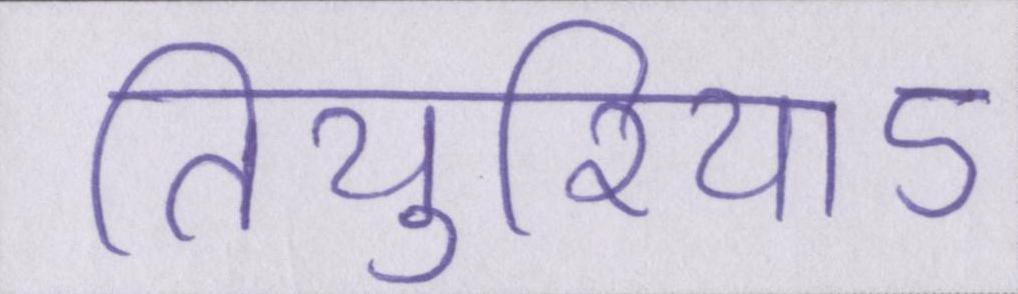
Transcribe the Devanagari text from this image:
तियुरियाऽ